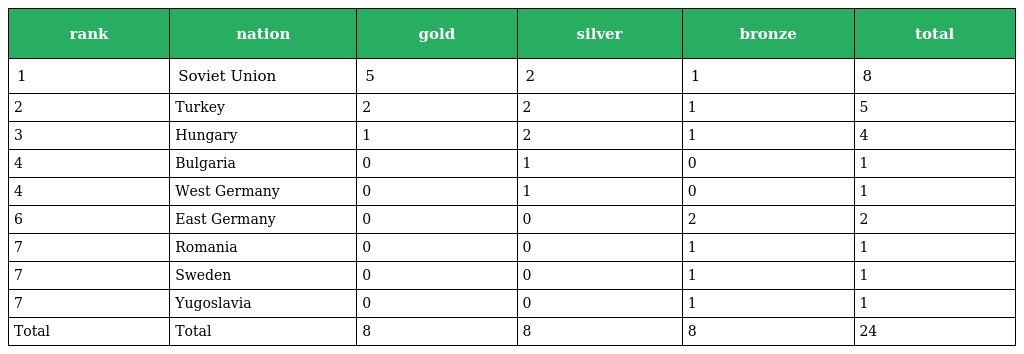
| rank | nation | gold | silver | bronze | total |
 | --- | --- | --- | --- | --- | --- |
 | 1 | Soviet Union | 5 | 2 | 1 | 8 |
 | 2 | Turkey | 2 | 2 | 1 | 5 |
 | 3 | Hungary | 1 | 2 | 1 | 4 |
 | 4 | Bulgaria | 0 | 1 | 0 | 1 |
 | 4 | West Germany | 0 | 1 | 0 | 1 |
 | 6 | East Germany | 0 | 0 | 2 | 2 |
 | 7 | Romania | 0 | 0 | 1 | 1 |
 | 7 | Sweden | 0 | 0 | 1 | 1 |
 | 7 | Yugoslavia | 0 | 0 | 1 | 1 |
 | Total | Total | 8 | 8 | 8 | 24 |